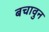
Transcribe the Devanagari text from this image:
बचावुन